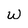
Character: w